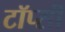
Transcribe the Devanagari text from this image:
टॉप्सी